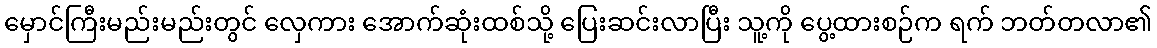
မှောင်ကြီးမည်းမည်းတွင် လှေကား အောက်ဆုံးထစ်သို့ ပြေးဆင်းလာပြီး သူ့ကို ပွေ့ထားစဉ်က ရက် ဘတ်တလာ၏